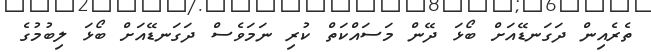
ތެރެއިން ދަގަނޑޭއަށް ބޯޅަ ދޭން މަސައްކަތް ކުރި ނަމަވެސް ދަގަނޑޭއަށް ބޯޅަ ލިބުމުގެ